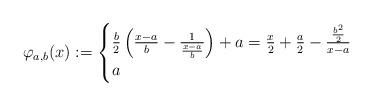
LaTeX: \begin{align*} \varphi_{a,b}(x):=\begin{cases} \frac{b}{2}\left( \frac{x-a}{b} - \frac{1}{\frac{x-a}{b}} \right) + a = \frac{x}{2} + \frac{a}{2} - \frac{\frac{b^2}{2}}{x-a} & \\ a & \end{cases} \end{align*}